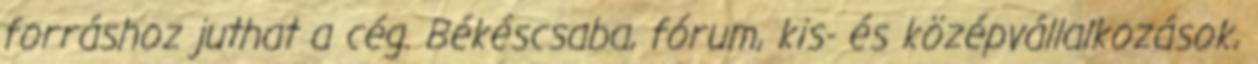
forráshoz juthat a cég. Békéscsaba, fórum, kis- és középvállalkozások,